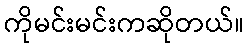
ကိုမင်းမင်းကဆိုတယ်။